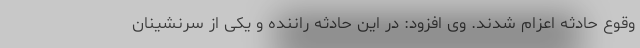
وقوع حادثه اعزام شدند. وی افزود: در این حادثه راننده و یکی از سرنشینان